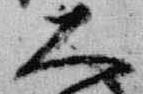
大